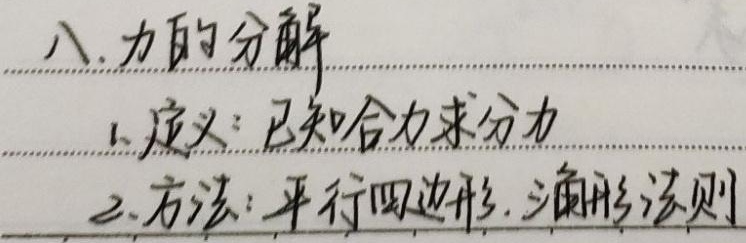
八. 力的分解
1. 定义：已知合力求分力
2. 方法：平行四边形、三角形法则